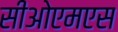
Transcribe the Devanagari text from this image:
सीओएमएस